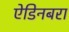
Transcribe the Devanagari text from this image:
ऐडिनबरा